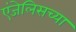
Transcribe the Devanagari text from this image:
एंजेलिसच्या